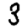
Digit: 3